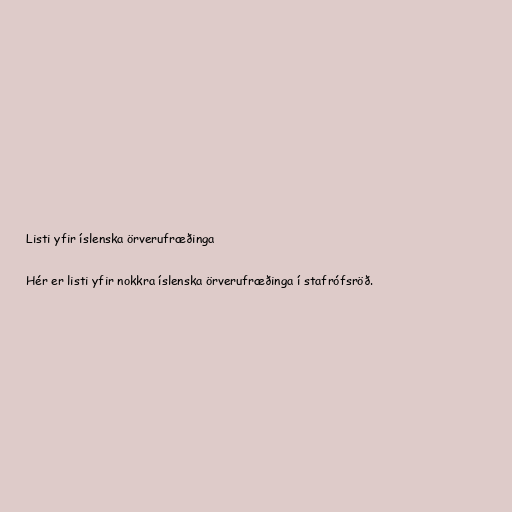
Listi yfir íslenska örverufræðinga

Hér er listi yfir nokkra íslenska örverufræðinga í stafrófsröð.